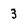
Character: 3